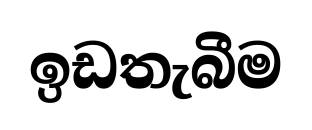
ඉඩතැබීම